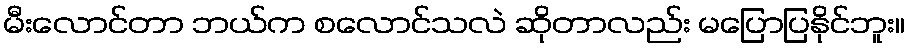
မီးလောင်တာ ဘယ်က စလောင်သလဲ ဆိုတာလည်း မပြောပြနိုင်ဘူး။